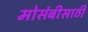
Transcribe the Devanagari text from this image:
मोसंबीसाठी